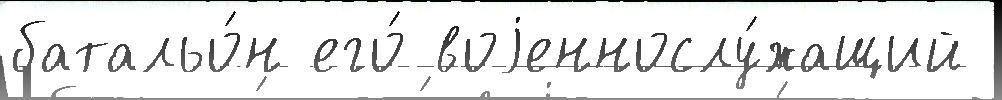
батальо́н его́ воjеннослу́жащий